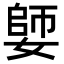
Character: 𡠋